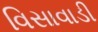
વિસાવાડી